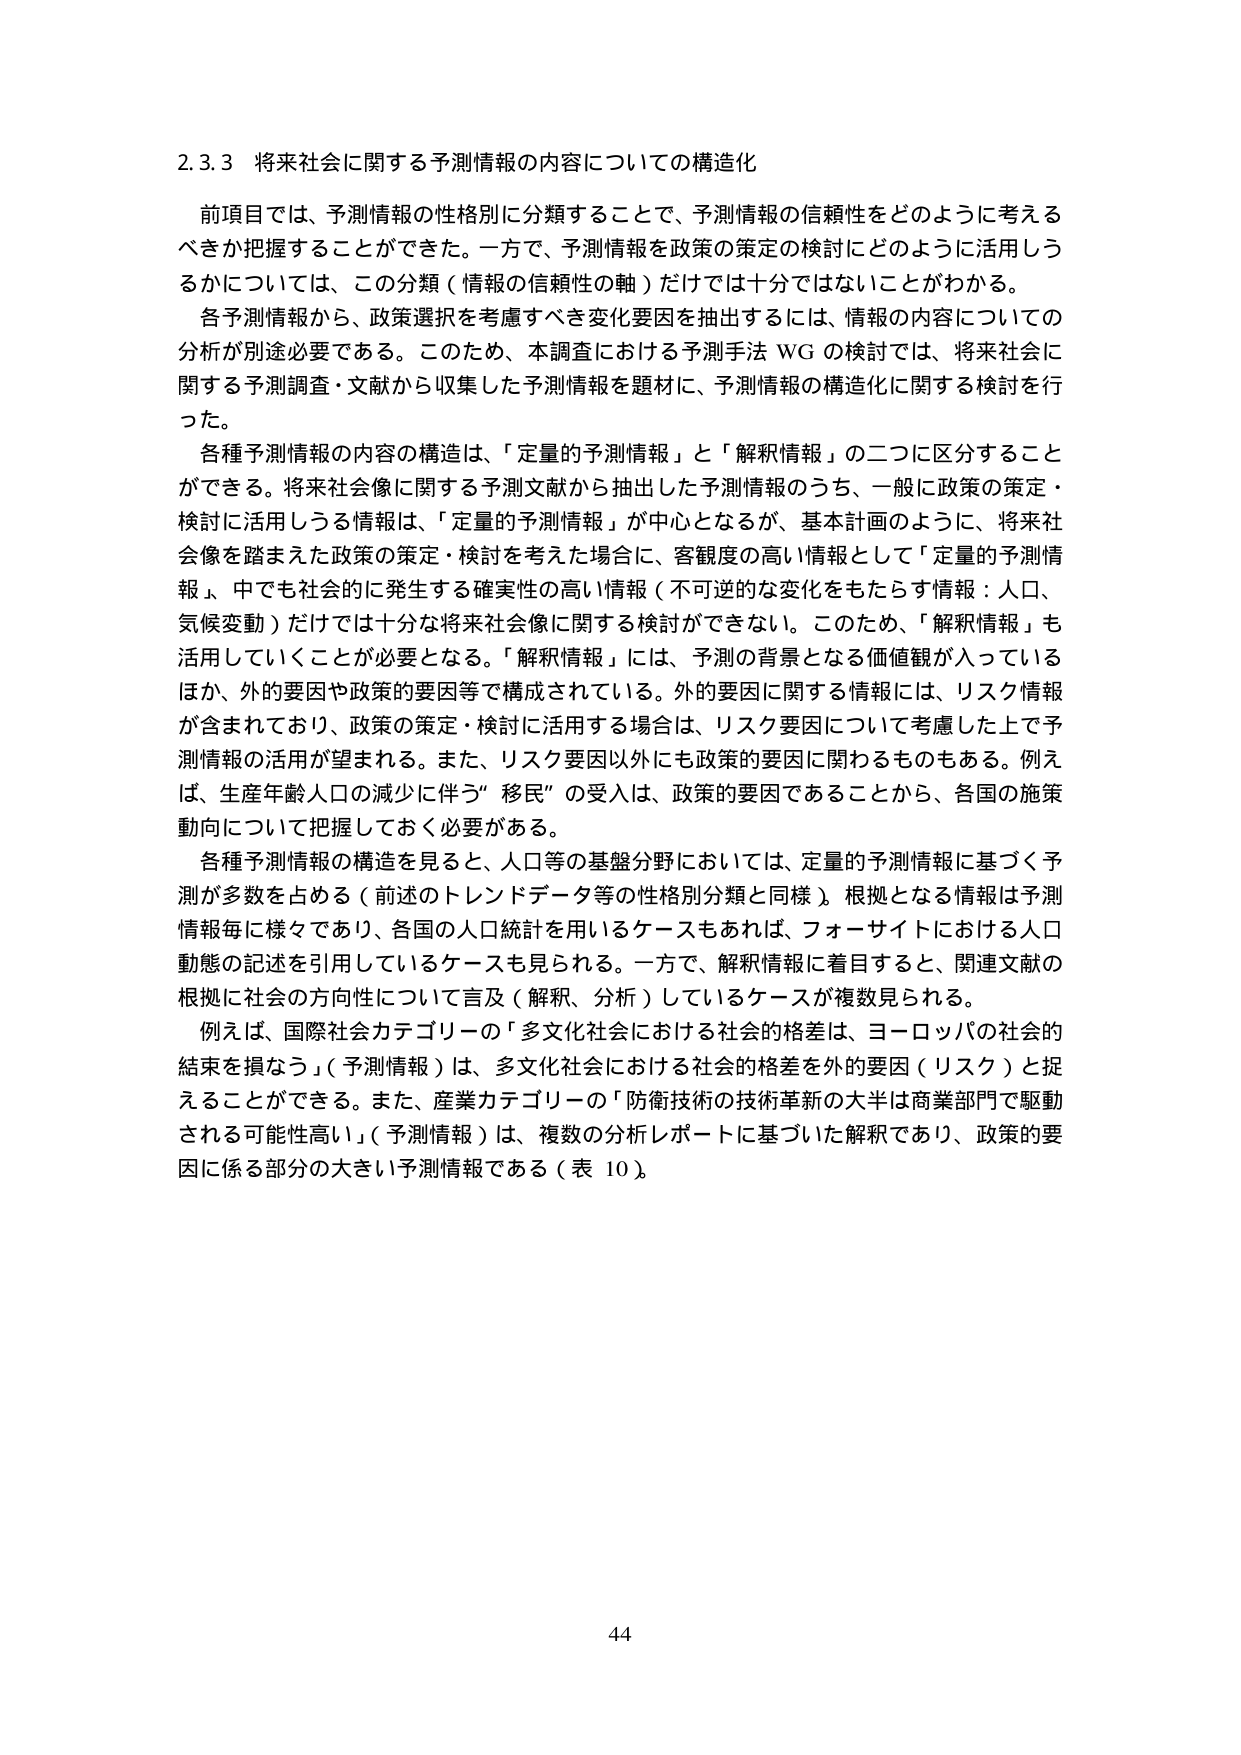
2.3.3 将来社会に関する予測情報の内容についての構造化

前項目では、予測情報の性格別に分類することで、予測情報の信頼性をどのように考えるべきか把握することができた。一方で、予測情報を政策の策定の検討にどのように活用しうるかについては、この分類（情報の信頼性の軸）だけでは十分ではないことがわかる。

各予測情報から、政策選択を考慮すべき変化要因を抽出するには、情報の内容についての分析が別途必要である。このため、本調査における予測手法 WG の検討では、将来社会に関する予測調査・文献から収集した予測情報を題材に、予測情報の構造化に関する検討を行った。

各種予測情報の内容の構造は、「定量的予測情報」と「解釈情報」の二つに区分することができる。将来社会像に関する予測文献から抽出した予測情報のうち、一般に政策の策定・検討に活用しうる情報は、「定量的予測情報」が中心となるが、基本計画のように、将来社会像を踏まえた政策の策定・検討を考えた場合に、客観度の高い情報として「定量的予測情報」、中でも社会的に発生する確実性の高い情報（不可逆的な変化をもたらす情報：人口、気候変動）だけでは十分な将来社会像に関する検討ができない。このため、「解釈情報」も活用していくことが必要となる。「解釈情報」には、予測の背景となる価値観が入っているほか、外的要因や政策的要因等で構成されている。外的要因に関する情報には、リスク情報が含まれており、政策の策定・検討に活用する場合は、リスク要因について考慮した上で予測情報の活用が望まれる。また、リスク要因以外にも政策的要因に関わるものもある。例えば、生産年齢人口の減少に伴う“移民”の受入は、政策的要因であることから、各国の施策動向について把握しておく必要がある。

各種予測情報の構造を見ると、人口等の基盤分野においては、定量的予測情報に基づく予測が多数を占める（前述のトレンドデータ等の性格別分類と同様）。根拠となる情報は予測情報毎に様々であり、各国の人口統計を用いるケースもあれば、フォーサイトにおける人口動態の記述を引用しているケースも見られる。一方で、解釈情報に着目すると、関連文献の根拠に社会の方向性について言及（解釈、分析）しているケースが複数見られる。

例えば、国際社会カテゴリーの「多文化社会における社会的格差は、ヨーロッパの社会的結束を損なう」（予測情報）は、多文化社会における社会的格差を外的要因（リスク）と捉えることができる。また、産業カテゴリーの「防衛技術の技術革新の大半は商業部門で駆動される可能性高い」（予測情報）は、複数の分析レポートに基づいた解釈であり、政策的要因に係る部分の大きい予測情報である（表 10）。

44